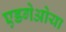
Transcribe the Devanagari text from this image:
एडगेओया